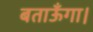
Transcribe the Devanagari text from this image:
बताऊँगा।